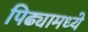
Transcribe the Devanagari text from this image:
पिढ्यामध्ये